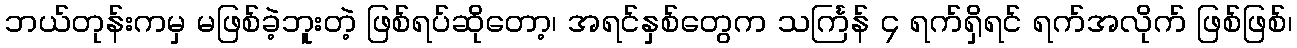
ဘယ်တုန်းကမှ မဖြစ်ခဲ့ဘူးတဲ့ ဖြစ်ရပ်ဆိုတော့၊ အရင်နှစ်တွေက သင်္ကြန် ၄ ရက်ရှိရင် ရက်အလိုက် ဖြစ်ဖြစ်၊